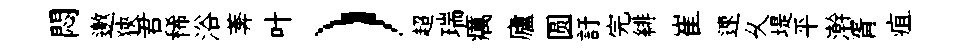
悶邀狹君稀浴莾叶）超瑞癘廬圆訏完緋崔速乆堤平澣胥疽